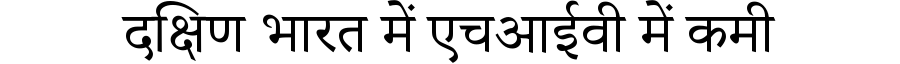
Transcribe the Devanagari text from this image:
दक्षिण भारत में एचआईवी में कमी